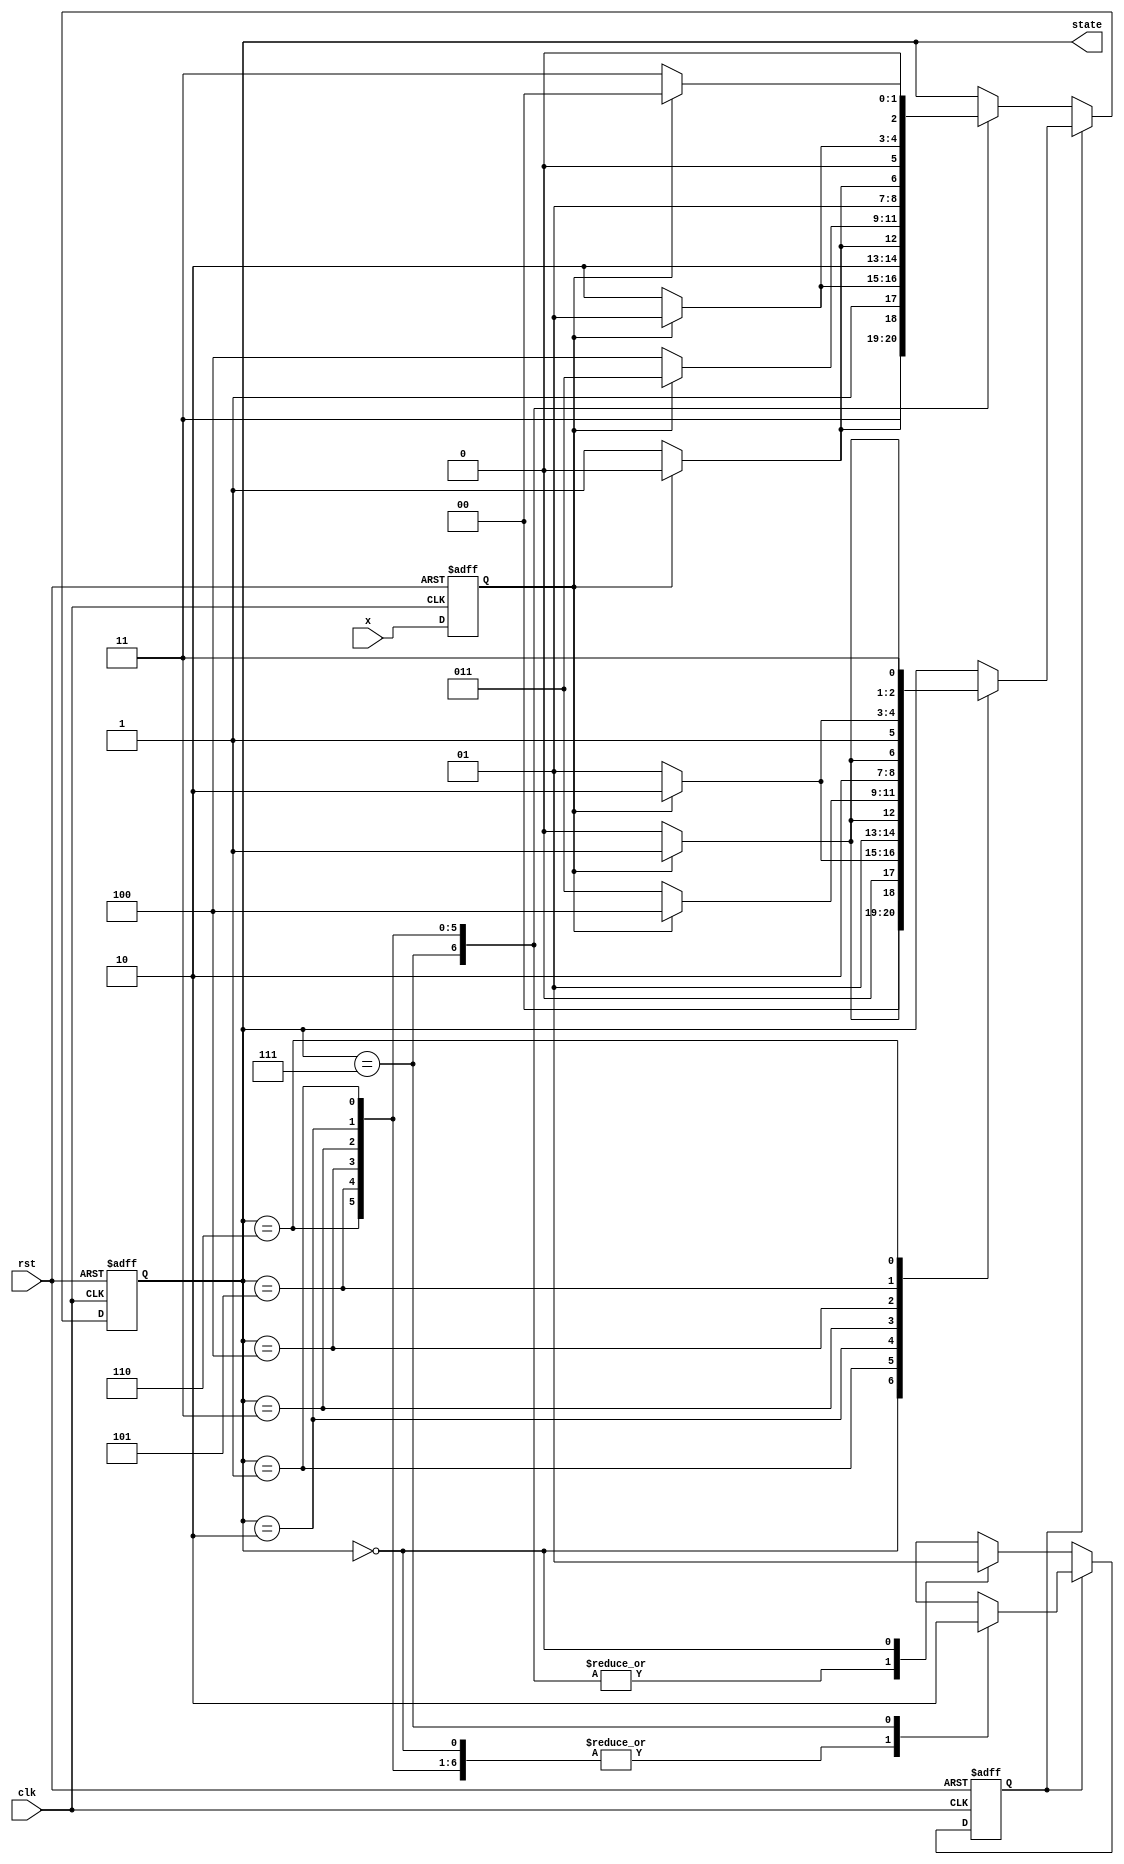
module counter_upnd(clk, rst, x, state);

input clk, rst;
input x;
reg x_reg, x_trig;
reg y_sw;
output reg [2:0] state;

always @(negedge  rst or posedge clk) begin
    if(!rst) begin
        {x_reg, x_trig} <= 3'b000;
    end
    else begin
        x_trig <= x; 
         
    end
end

always @(negedge rst or posedge clk) begin
    if(!rst) begin 
    state <= 2'b000;
    y_sw = 1;
    end
    else begin
        if (y_sw) begin
        // up-counter
            case(state)
                3'b000 : state <= x_trig ? 3'b001 : 3'b000;
                3'b001 : state <= x_trig ? 3'b010 : 3'b001;
                3'b010 : state <= x_trig ? 3'b011 : 3'b010;
                3'b011 : state <= x_trig ? 3'b100 : 3'b011;
                3'b100 : state <= x_trig ? 3'b101 : 3'b100;
                3'b101 : state <= x_trig ? 3'b110 : 3'b101;
                3'b110 : state <= x_trig ? 3'b111 : 3'b110;
                3'b111 : y_sw = 0;
            endcase
         end else begin
         // douwn-counter   
            case(state)
                3'b111 : state <= x_trig ? 3'b110 : 3'b111;
                3'b110 : state <= x_trig ? 3'b101 : 3'b110;
                3'b101 : state <= x_trig ? 3'b100 : 3'b101;
                3'b100 : state <= x_trig ? 3'b011 : 3'b100;
                3'b011 : state <= x_trig ? 3'b010 : 3'b011;
                3'b010 : state <= x_trig ? 3'b001 : 3'b010;
                3'b001 : state <= x_trig ? 3'b000 : 3'b011;
                3'b000 : y_sw = 1;
            endcase
        end
   end
end         
endmodule